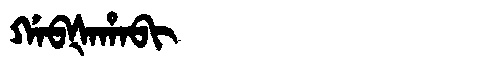
Manchu: ᡤᠠᠪᡧᠠᡥᠠᠪᡳ
Romanization: GABŠAHABI